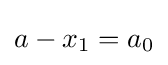
a-x_{1}=a_{0}